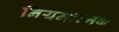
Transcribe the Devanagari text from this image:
नियमात्मक